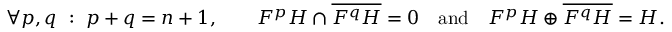
\forall p , q \ : \ p + q = n + 1 , \qquad F ^ { p } H \cap { \overline { { F ^ { q } H } } } = 0 \quad { \mathrm { a n d } } \quad F ^ { p } H \oplus { \overline { { F ^ { q } H } } } = H .